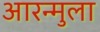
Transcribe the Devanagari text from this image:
आरन्मुला